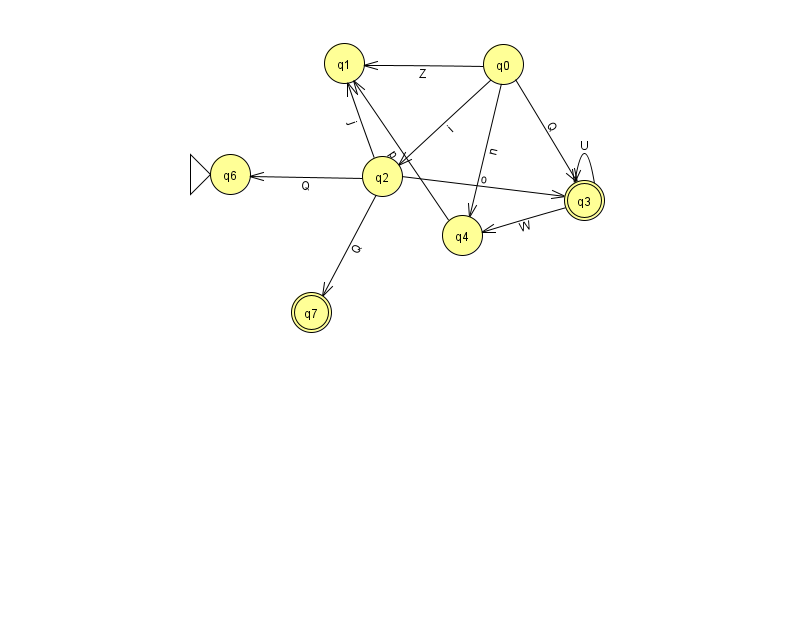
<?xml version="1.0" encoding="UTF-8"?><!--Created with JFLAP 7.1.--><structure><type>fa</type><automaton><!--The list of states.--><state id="0" name="q0"><x>503.0</x><y>51.0</y></state><state id="1" name="q1"><x>344.0</x><y>50.0</y></state><state id="2" name="q2"><x>382.0</x><y>163.0</y></state><state id="3" name="q3"><x>584.0</x><y>187.0</y><final/></state><state id="4" name="q4"><x>462.0</x><y>222.0</y></state><state id="6" name="q6"><x>230.0</x><y>161.0</y><initial/></state><state id="7" name="q7"><x>311.0</x><y>299.0</y><final/></state><!--The list of transitions.--><transition><from>2</from><to>6</to><read>Q</read></transition><transition><from>4</from><to>1</to><read>p</read></transition><transition><from>3</from><to>4</to><read>W</read></transition><transition><from>3</from><to>3</to><read>U</read></transition><transition><from>0</from><to>3</to><read>Q</read></transition><transition><from>2</from><to>3</to><read>o</read></transition><transition><from>0</from><to>2</to><read>i</read></transition><transition><from>2</from><to>7</to><read>Q</read></transition><transition><from>0</from><to>1</to><read>Z</read></transition><transition><from>2</from><to>1</to><read>j</read></transition><transition><from>0</from><to>4</to><read>n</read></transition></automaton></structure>